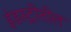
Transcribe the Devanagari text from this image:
इंडस्ट्रीतील